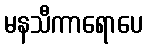
မနသီကာရောပေ